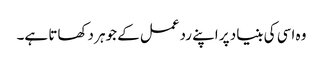
وہ اسی کی بنیاد پر اپنے ردعمل کے جوہر دکھاتا ہے۔